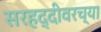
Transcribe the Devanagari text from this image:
सरहद्दीवरच्या